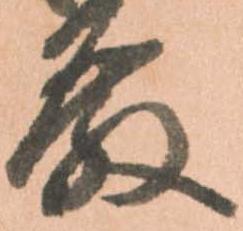
殿